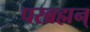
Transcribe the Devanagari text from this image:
परब्रह्मन्